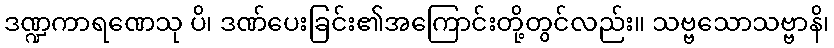
ဒဏ္ဍကာရဏေသု ပိ၊ ဒဏ်ပေးခြင်း၏အကြောင်းတို့တွင်လည်း။ သဗ္ဗသောသဗ္ဗာနိ၊